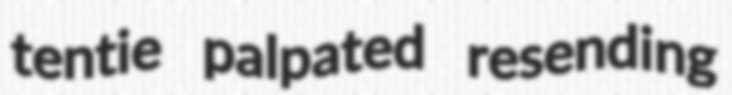
tentie palpated resending